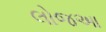
લોજઆ